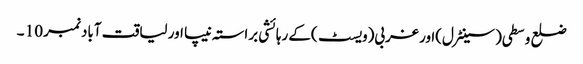
ضلع وسطی(سینٹرل)اور غربی(ویسٹ )کے رہائشی براستہ نیپا اور لیاقت آباد نمبر 10 ۔